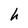
Character: h